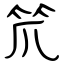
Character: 笊